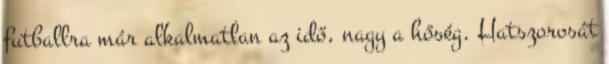
futballra már alkalmatlan az idő, nagy a hőség. Hatszorosát